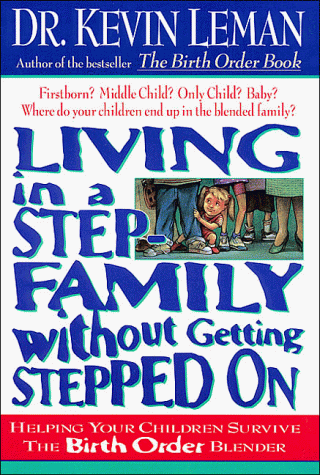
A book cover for Living in a Step Family Without Getting Stepped on: Helping Your Children Survive the Birth Order Blender; Kevin Leman; Parenting & Relationships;